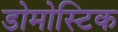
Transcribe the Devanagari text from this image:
डोमोस्टिक